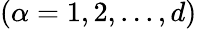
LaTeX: (\alpha=1,2,...,d)